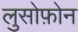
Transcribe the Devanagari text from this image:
लुसोफ़ोन